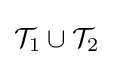
{\mathcal {T}}_{1}\cup {\mathcal {T}}_{2}